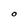
Character: O